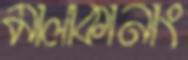
মালাকানাং